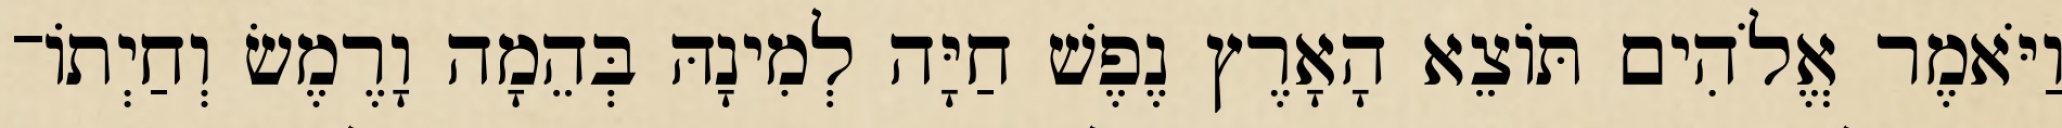
וַיֹּאמֶר אֱלֹהִים תֹּוצֵא הָאָרֶץ נֶפֶשׁ חַיָּה לְמִינָהּ בְּהֵמָה וָרֶמֶשׂ וְחַיְתֹו־